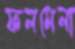
ফলমেলা